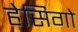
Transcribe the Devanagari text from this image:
हेसिगो